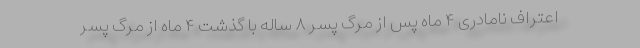
اعتراف نامادری ۴ ماه پس از مرگ پسر ۸ ساله با گذشت ۴ ماه از مرگ پسر